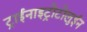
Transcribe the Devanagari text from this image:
ट्राईनाइट्रोटोलुईन